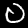
Label: 0